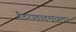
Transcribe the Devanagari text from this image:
हैदराबादमधला